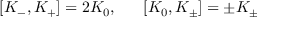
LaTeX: [ K _ { - } , K _ { + } ] = 2 K _ { 0 } , ~ ~ ~ ~ ~ [ K _ { 0 } , K _ { \pm } ] = \pm K _ { \pm }